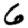
Digit: 6